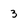
Character: 3